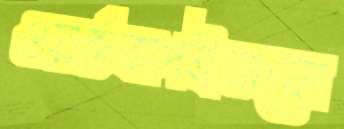
ওয়ার্ল্ডকাপইনফো